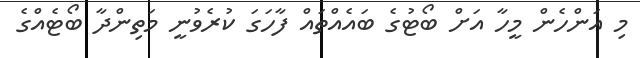
މި އަންހެން މީހާ އަށް ބޯޓުގެ ބައެއްތައް ފާހަގަ ކުރެވުނީ މަތިންދާ ބޯޓެއްގެ